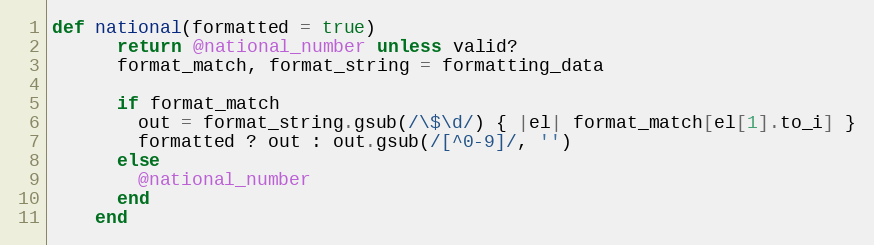
Language: Ruby
def national(formatted = true)
      return @national_number unless valid?
      format_match, format_string = formatting_data

      if format_match
        out = format_string.gsub(/\$\d/) { |el| format_match[el[1].to_i] }
        formatted ? out : out.gsub(/[^0-9]/, '')
      else
        @national_number
      end
    end